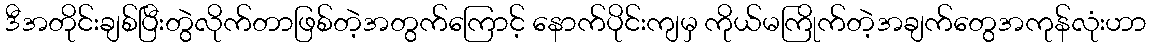
ဒီအတိုင်းချစ်ပြီးတွဲလိုက်တာဖြစ်တဲ့အတွက်ကြောင့် နောက်ပိုင်းကျမှ ကိုယ်မကြိုက်တဲ့အချက်တွေအကုန်လုံးဟာ